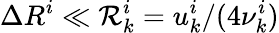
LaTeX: \Delta R^{i}\ll{\cal R}_{k}^{i}=u_{k}^{i}/(4\nu_{k}^{i})